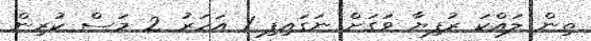
ތިން ލައްކަ ރުފިޔާ ވަގަށް ނަގައިފި 1 އަހަރު 2 މަސް ކުރިން